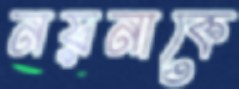
নয়নাকে